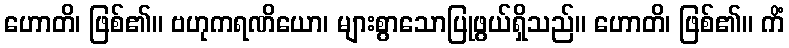
ဟောတိ၊ ဖြစ်၏။ ဗဟုကရဏိယော၊ များစွာသောပြုဖွယ်ရှိသည်။ ဟောတိ၊ ဖြစ်၏။ ကိံ